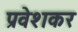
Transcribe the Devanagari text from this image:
प्रवेशकर